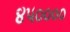
૪૫૦૦૦૦